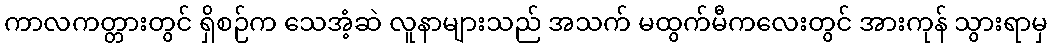
ကာလကတ္တားတွင် ရှိစဉ်က သေအံ့ဆဲ လူနာများသည် အသက် မထွက်မီကလေးတွင် အားကုန် သွားရာမှ